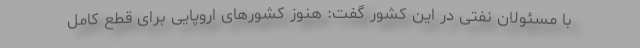
با مسئولان نفتی در این کشور گفت: هنوز کشورهای اروپایی برای قطع کامل